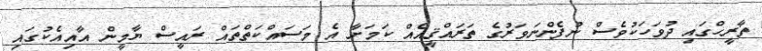
ތާރީހްގައި ދުވަހަކުވެސް ނުފެންނަވަރުގެ ތަރައްޤީއެއް ކަމަށާ އެ މަސައްކަތްތައް ރައީސް ޔާމީން އާއިއެކުގައި